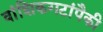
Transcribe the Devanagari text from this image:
वांशिकगटांपैकी